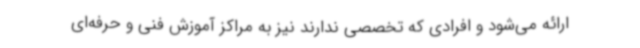
ارائه می‌شود و افرادی که تخصصی ندارند نیز به مراکز آموزش فنی و حرفه‌ای